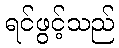
ရင်ဖွင့်သည်